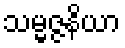
သမ္မဇ္ဇနိယာ